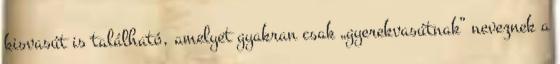
kisvasút is található, amelyet gyakran csak „gyerekvasútnak” neveznek a